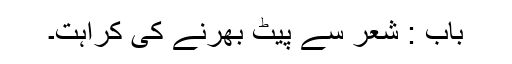
باب : شعر سے پیٹ بھرنے کی کراہت۔